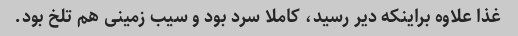
غذا علاوه براینکه دیر رسید، کاملا سرد بود و سیب زمینی هم تلخ بود.